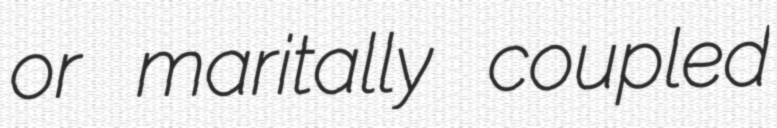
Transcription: or maritally coupled